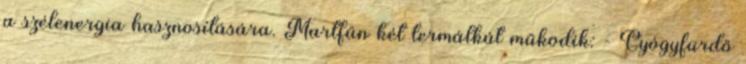
a szélenergia hasznosítására. Martfűn két termálkút működik: - Gyógyfürdő